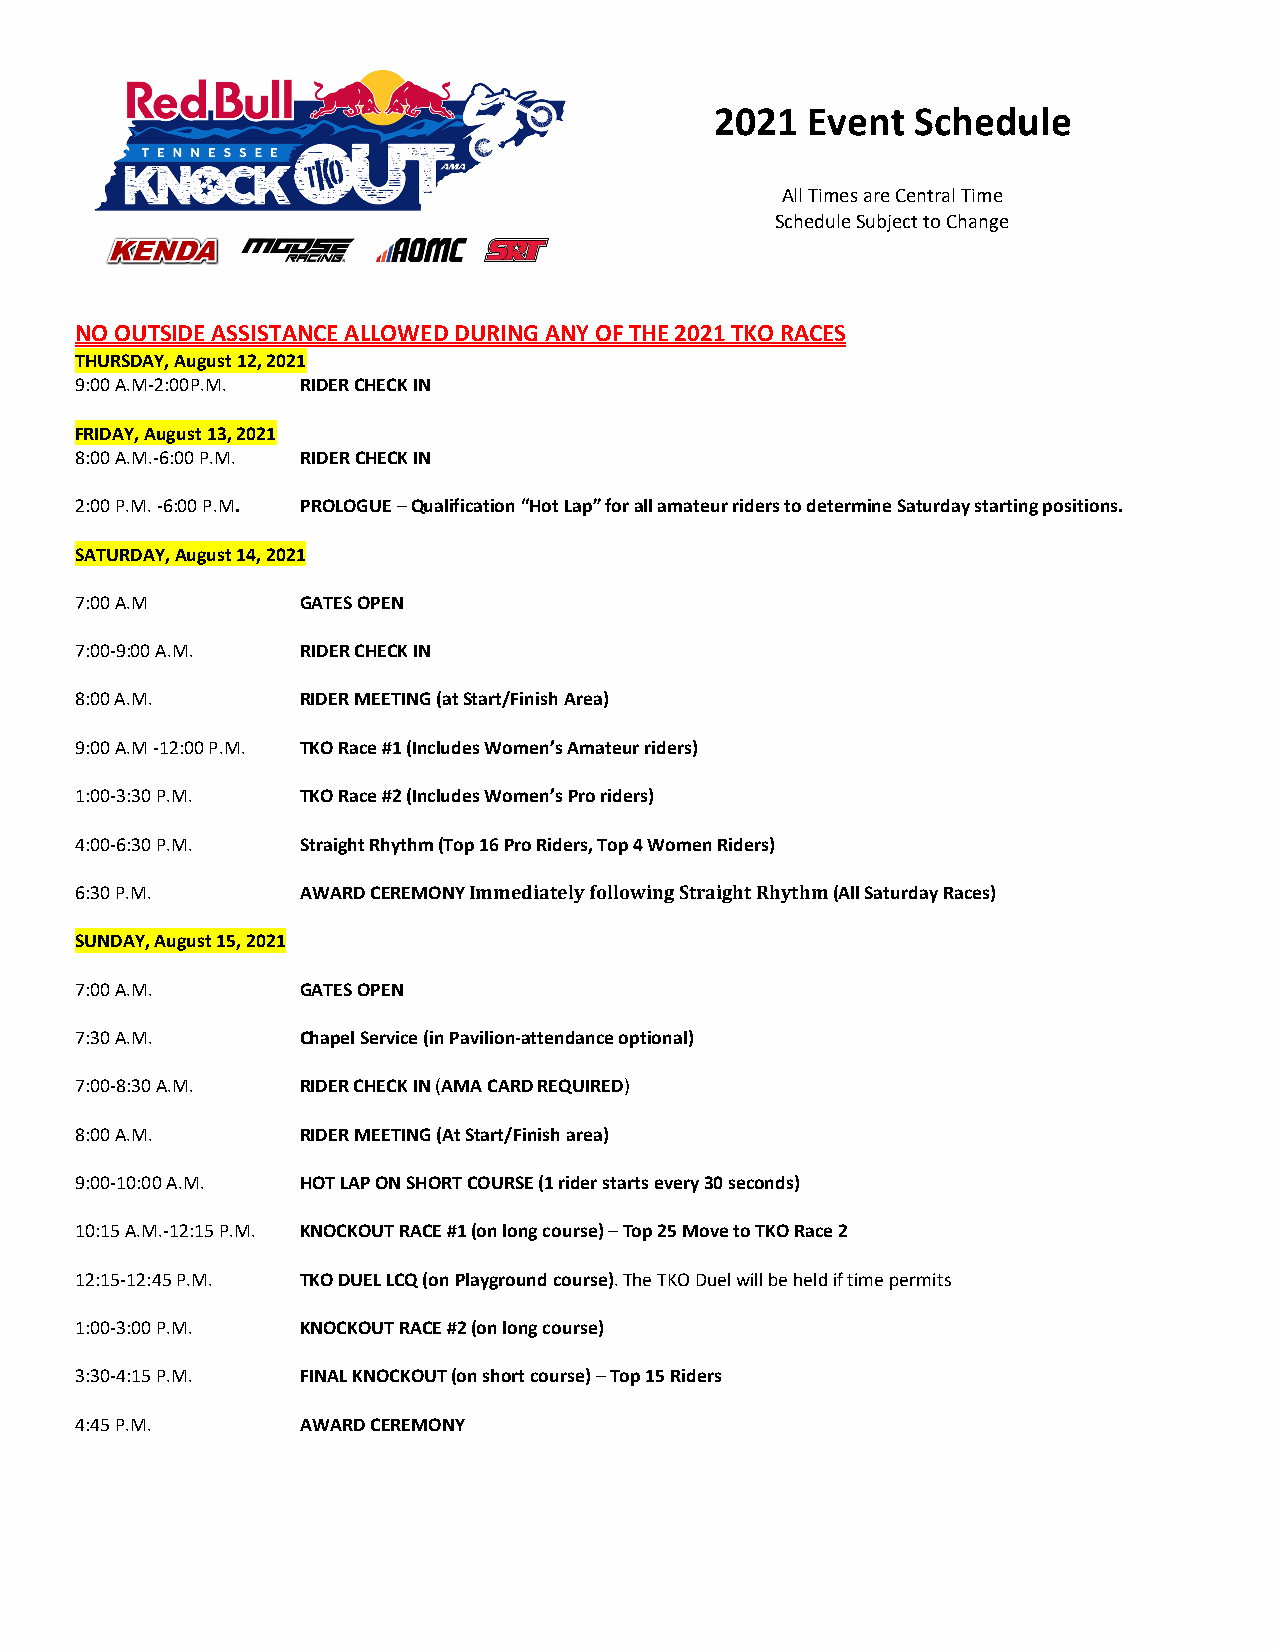
2021  Event   Schedule
 All Times are Central Time
 Schedule Subject to Change
 NO OUTSIDE ASSISTANCE ALLOWED DURING AN Y OF THE 2021 TKO RACES
 THURSDAY, August 12, 2021
 9:00 A.M-2:00P.M. RIDER CHECK IN
 FRIDAY, August 13, 2021
 8:00 A.M.-6:00 P.M. RIDER CHECK IN
 2:00 P.M. -6:00 P.M. PROLOGUE – Qualification “Hot Lap” for all amateur riders to determine Saturday starting positions.
 SATURDAY, August 14, 2021
 7:00 A.M       GATES OPEN
 7:00-9:00 A.M. RIDER CHECK IN
 8:00 A.M.      RIDER MEETING (at Start/Finish Area)
 9:00 A.M -12:00 P.M. TKO Race #1 (Includes Women’s Amateur riders)
 1:00-3:30 P.M. TKO Race #2 (Includes Women’s Pro riders)
 4:00-6:30 P.M. Straight Rhythm (Top 16 Pro Riders, Top 4 Women Riders)
 6:30 P.M.      AWARD CEREMONY Immediately following Straight Rhythm (All Saturday Races)
 SUNDAY, August 15, 2021
 7:00 A.M.      GATES OPEN
 7:30 A.M.      Chapel Service (in Pavilion-attendance optional)
 7:00-8:30 A.M. RIDER CHECK IN (AMA CARD REQUIRED)
 8:00 A.M.      RIDER MEETING (At Start/Finish area)
 9:00-10:00 A.M. HOT LAP ON SHORT COURSE (1 rider starts every 30 seconds)
 10:15 A.M.-12:15 P.M. KNOCKOUT RACE #1 (on long course) – Top 25 Move to TKO Race 2
 12:15-12:45 P.M. TKO DUEL LCQ (on Playground course). The TKO Duel will be held if time permits
 1:00-3:00 P.M. KNOCKOUT RACE #2 (on long course)
 3:30-4:15 P.M. FINAL KNOCKOUT (on short course) – Top 15 Riders
 4:45 P.M.      AWARD CEREMONY